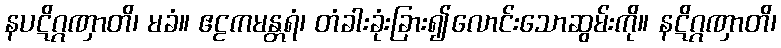
နပဋိဂ္ဂဏှာတိ၊ မခံ။ ဧဠကမန္တရံ၊ တံခါးခုံးခြား၍လောင်းသောဆွမ်းကို။ နဋိဂ္ဂဏှာတိ၊